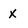
Character: x